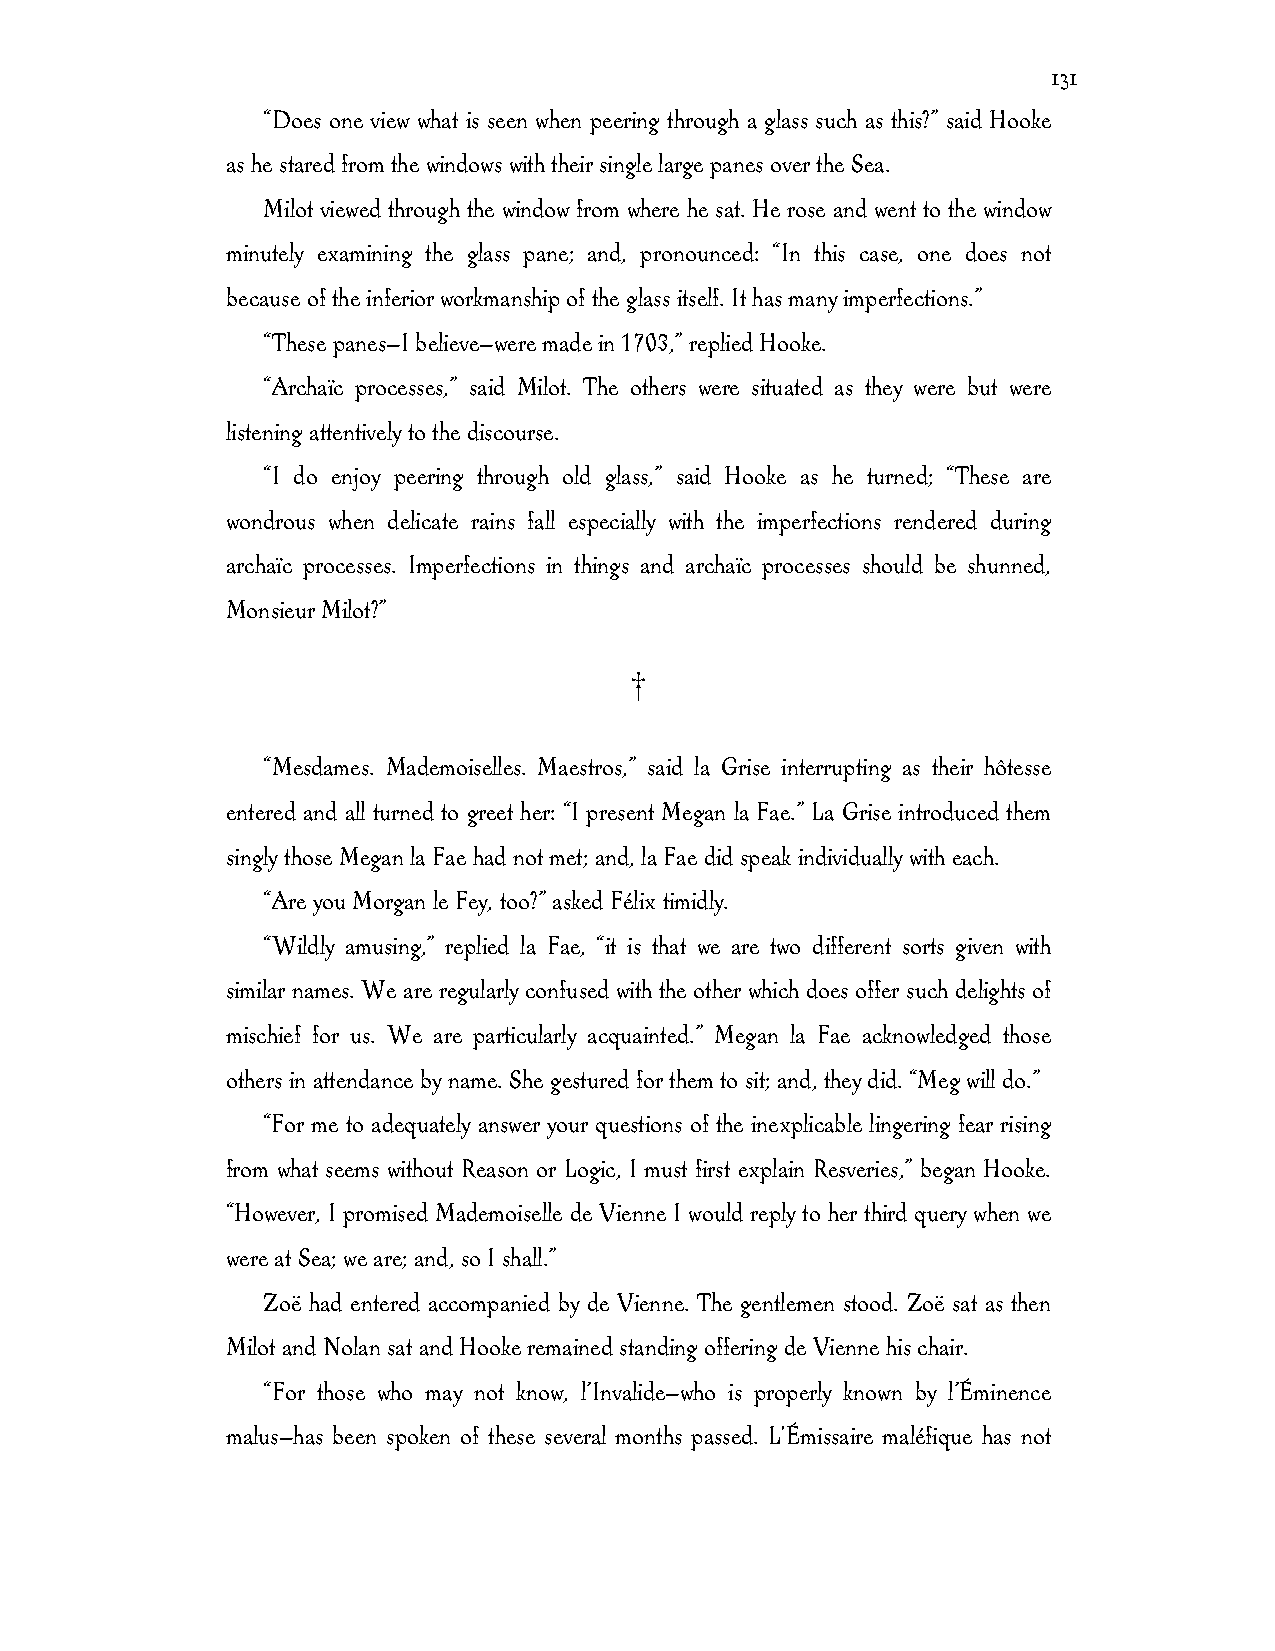
131
 “Does one view what is seen when peering through a glass such as this?” said Hooke
 as he stared from the windows with their single large panes over the Sea.
 Milot viewed through the window from where he sat. He rose and went to the window
 minutely examining the glass pane; and, pronounced: “In this case, one does not
 because of the inferior workmanship of the glass itself. It has many imperfections.”
 “These panes—I believe—were made in 1703,” replied Hooke.
 “Archaïc processes,” said Milot. The others were situated as they were but were
 listening attentively to the discourse.
 “I do enjoy peering through old glass,” said Hooke as he turned; “These are
 wondrous when delicate rains fall especially with the imperfections rendered during
 archaïc processes. Imperfections in things and archaïc processes should be shunned,
 Monsieur Milot?”
 †
 “Mesdames. Mademoiselles. Maestros,” said la Grise interrupting as their hôtesse
 entered and all turned to greet her: “I present Megan la Fae.” La Grise introduced them
 singly those Megan la Fae had not met; and, la Fae did speak individually with each.
 “Are you Morgan le Fey, too?” asked Félix timidly.
 “Wildly amusing,” replied la Fae, “it is that we are two different sorts given with
 similar names. We are regularly confused with the other which does offer such delights of
 mischief for us. We are particularly acquainted.” Megan la Fae acknowledged those
 others in attendance by name. She gestured for them to sit; and, they did. “Meg will do.”
 “For me to adequately answer your questions of the inexplicable lingering fear rising
 from what seems without Reason or Logic, I must first explain Resveries,” began Hooke.
 “However, I promised Mademoiselle de Vienne I would reply to her third query when we
 were at Sea; we are; and, so I shall.”
 Zoë had entered accompanied by de Vienne. The gentlemen stood. Zoë sat as then
 Milot and Nolan sat and Hooke remained standing offering de Vienne his chair.
 “For those who may not know, l’Invalide—who is properly known by l’Éminence
 malus—has been spoken of these several months passed. L'Émissaire maléfique has not